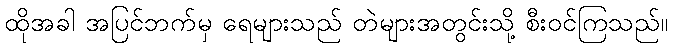
ထိုအခါ အပြင်ဘက်မှ ရေများသည် တဲများအတွင်းသို့ စီးဝင်ကြသည်။